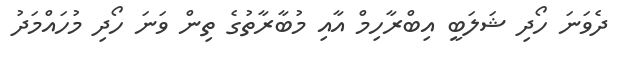
ދެވަނަ ހޯދި ޝަލަބީ އިބްރާހިމް އާއި މުބާރާތުގެ ތިން ވަނަ ހޯދި މުހައްމަދު